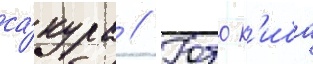
са́кура // Юто к'иба